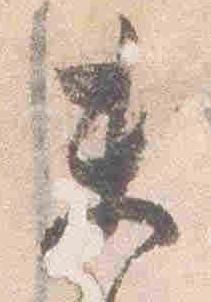
未